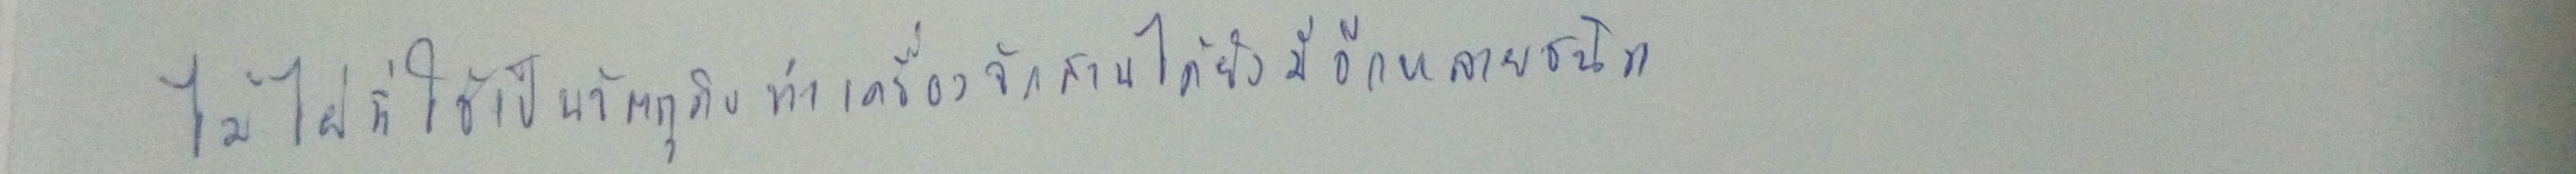
ไม้ไผ่ที่ใช้เป็นวัตถุดิบทำเครื่องจักสานได้ยังมีอีกหลายชนิด